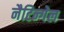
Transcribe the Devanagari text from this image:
नैटिन्गेल